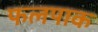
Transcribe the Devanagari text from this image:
फलपाक